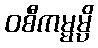
ဝစီကမ္မမ္ပိ